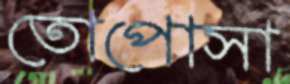
তোপোসা